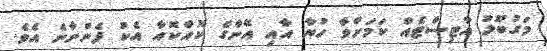
މަގުބޫލު އާޓިސްޓެއް ކަމަށްވާ ހުޔާ އާއި އޭނާގެ ކޮއްކޮއާ އެކު ފެންނާނެ އެވެ.